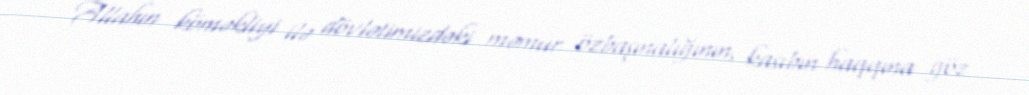
Allahın köməkliyi ilə dövlətimizdəki məmur özbaşınalığının, kasıbın haqqına göz